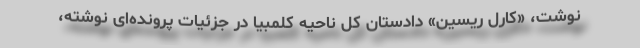
نوشت، «کارل رِیسین» دادستان کل ناحیه کلمبیا در جزئیات پرونده‌ای نوشته،